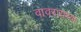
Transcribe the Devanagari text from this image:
वावरायच्या